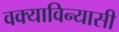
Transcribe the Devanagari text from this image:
वक्याविन्यासी